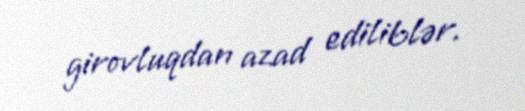
girovluqdan azad ediliblər.